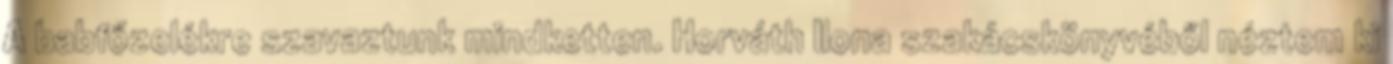
A babfőzelékre szavaztunk mindketten. Horváth Ilona szakácskönyvéből néztem ki